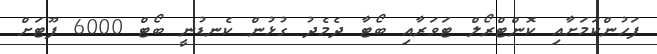
ފަހުންކަމަށާއި ކޮންޓްރޯލް ޓަވަރާއި ބޯޓާ ދެމެދު ގުޅުން ކެނޑުނީ ބޯޓް 6000 ފޫޓަށް